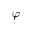
\varphi